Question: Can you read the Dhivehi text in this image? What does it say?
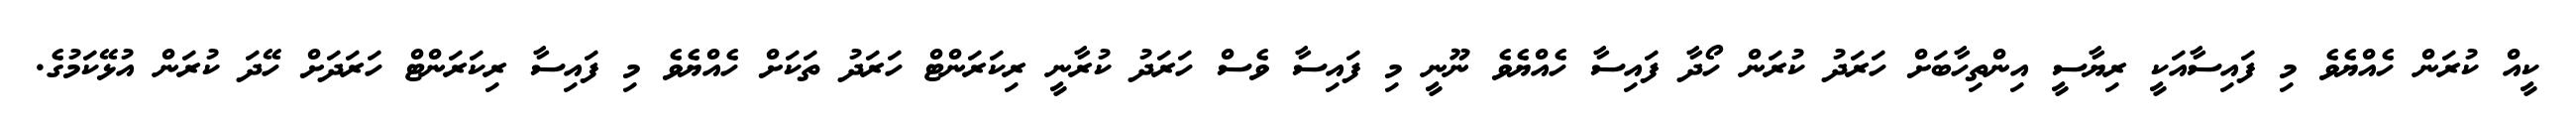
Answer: ކީއް ކުރަން ހެއްޔެވެ މި ފައިސާއަކީ ރިޔާސީ އިންތިހާބަށް ހަރަދު ކުރަން ހޯދާ ފައިސާ ހެއްޔެވެ ނޫނީ މި ފައިސާ ވެސް ހަރަދު ކުރާނީ ރިކަރަންޓް ހަރަދު ތަކަށް ހެއްޔެވެ މި ފައިސާ ރިކަރަންޓް ހަރަދަށް ހޭދަ ކުރަން އުޅޭކަމުގެ.